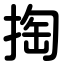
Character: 掏